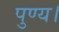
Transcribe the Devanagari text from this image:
पुण्य।